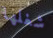
شغلها